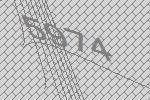
5974